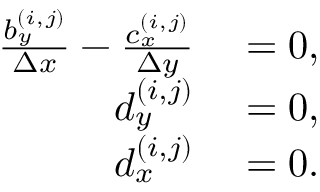
\begin{array} { r l } { \frac { b _ { y } ^ { ( i , j ) } } { \Delta x } - \frac { c _ { x } ^ { ( i , j ) } } { \Delta y } } & { { } = 0 , } \\ { d _ { y } ^ { ( i , j ) } } & { { } = 0 , } \\ { d _ { x } ^ { ( i , j ) } } & { { } = 0 . } \end{array}